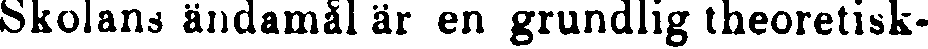
Skolans ändamål är en grundlig theoretisk-